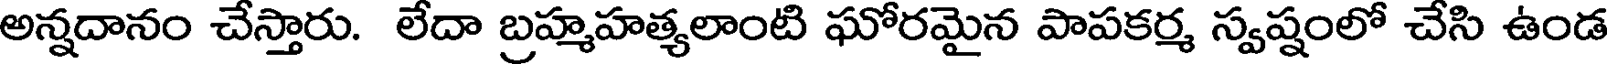
అన్నదానం చేస్తారు. లేదా బ్రహ్మహత్యలాంటి ఘోరమైన పాపకర్మ స్వష్షంలో చేసి ఉండ